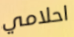
احلامي